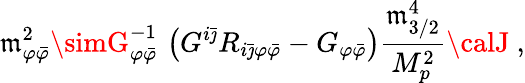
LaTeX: \mathfrak{m}_{\varphi{\bar{{\varphi}}}}^{2}\simG_{\varphi{\bar{{\varphi}}}}^{-1}\, \left(G^{i{\bar{{\jmath}}}}R_{i{\bar{{\jmath}}}\varphi{\bar{{\varphi}}}}-G_{\varphi{\bar{{\varphi}}}}\right){\frac{{\mathfrak{m}_{3/2}^{4}}}{{M_{p}^{2}}}}{\calJ}\ ,